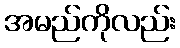
အမည်ကိုလည်း